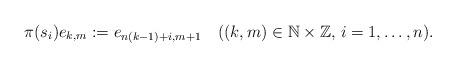
LaTeX: \begin{align*}\pi(s_i)e_{k,m}:=e_{n(k-1)+i,m+1}\quad((k,m)\in {\Bbb N}\times {\Bbb Z},\,i=1,\ldots,n).\end{align*}